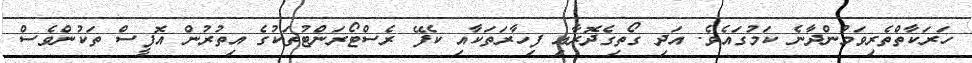
ހަރަކާތްތެރިވަމުންދާނެ ކަމުގައެވެ. އަދި ގޯތިގެދޮރާއި ފިހާރަތަކާއި ކެފޭ ރެސްޓޯރަންޓުތަކުގެ އިތުރުން އޮފީސް ތަކުންވެސް